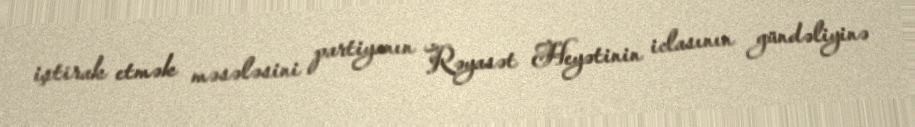
iştirak etmək məsələsini partiyanın Rəyasət Heyətinin iclasının gündəliyinə